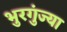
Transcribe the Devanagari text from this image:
भुरगुंज्या